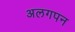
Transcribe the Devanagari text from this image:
अलगपन